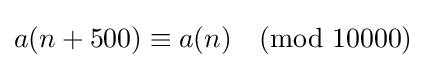
a(n+500)\equiv a(n){\pmod {10000}}